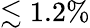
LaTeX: \lesssim 1.2\%